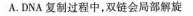
A.DNA复制过程中，双链会局部解旋